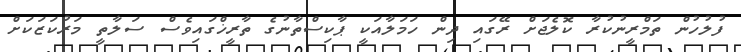
ފުލުހުން ތަމްރީނުކުރާ ކޮލެޖަށް ރޭގައި ދިން ހަމަލާއަކީ ޕާކިސްތާނުގެ ތާރީޚްގައިވެސް ސަލާތީ މަރުކަޒަކަށް